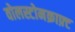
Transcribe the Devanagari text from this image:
वोलस्टोनक्राफ़्ट